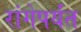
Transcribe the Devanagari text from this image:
रांगेपर्यंत